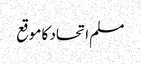
مسلم اتحاد کا موقع